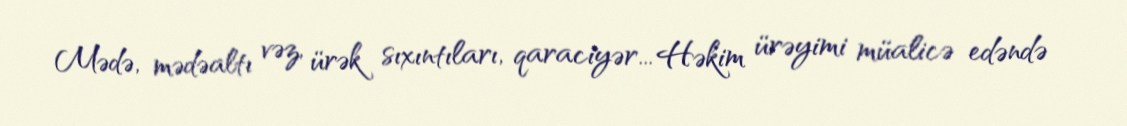
Mədə, mədəaltı vəz, ürək sıxıntıları, qaraciyər... Həkim ürəyimi müalicə edəndə